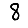
Digit: 8